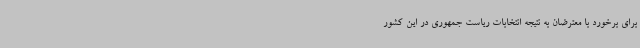
برای برخورد با معترضان به نتیجه انتخابات ریاست جمهوری در این کشور